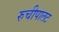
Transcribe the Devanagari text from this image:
रुचीपालट